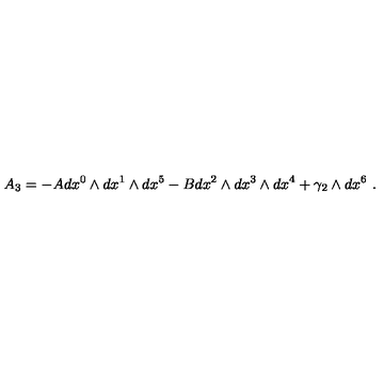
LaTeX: A _ { 3 } = - A d x ^ { 0 } \wedge d x ^ { 1 } \wedge d x ^ { 5 } - B d x ^ { 2 } \wedge d x ^ { 3 } \wedge d x ^ { 4 } + \gamma _ { 2 } \wedge d x ^ { 6 } \ .